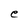
Character: e